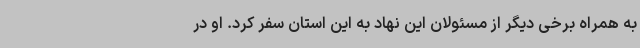
به همراه برخی دیگر از مسئولان این نهاد به این استان سفر کرد. او در